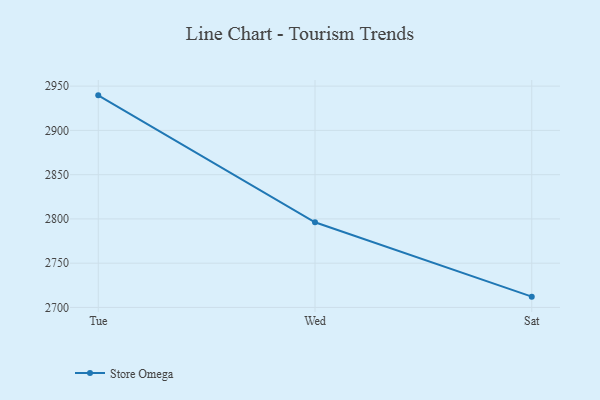
{"axis": {"x": "Day", "y": "Customer Acquisition Cost (USD)"}, "legend": ["Store Omega"], "data": [{"x": "Tue", "y": 2939.6, "type": "Store Omega"}, {"x": "Wed", "y": 2796.2, "type": "Store Omega"}, {"x": "Sat", "y": 2712.2, "type": "Store Omega"}]}